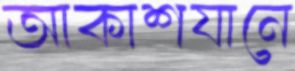
আকাশযানে